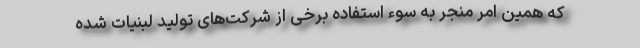
که همین امر منجر به سوء استفاده برخی از شرکت‌های تولید لبنیات شده